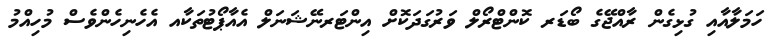
ހަމަލާއާއި ގުޅިގެން ރާއްޖޭގެ ބޯޑަރ ކޮންޓްރޯލް ވަރުގަދަކޮށް އިންޓަރނޭޝަނަލް އެއާޕޯޓުތަކާއ އެހެނިހެންވެސް މުހިއްމު